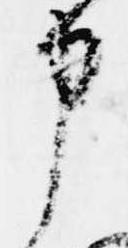
申